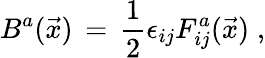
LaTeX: B^{a}(\vec{x})\, =\, \frac{1}{2}\epsilon_{ij}F_{ij}^{a}(\vec{x})\; ,